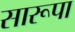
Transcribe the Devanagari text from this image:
सारूपा